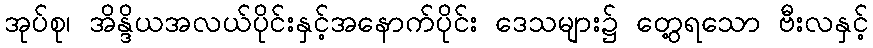
အုပ်စု၊ အိန္ဒိယအလယ်ပိုင်းနှင့်အနောက်ပိုင်း ဒေသများ၌ တွေ့ရသော ဗီးလနှင့်